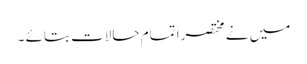
میں نے مختصراً تمام حالات بتائے ۔